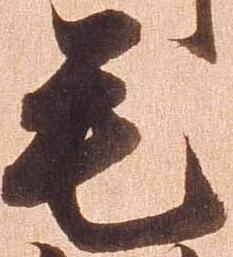
毛